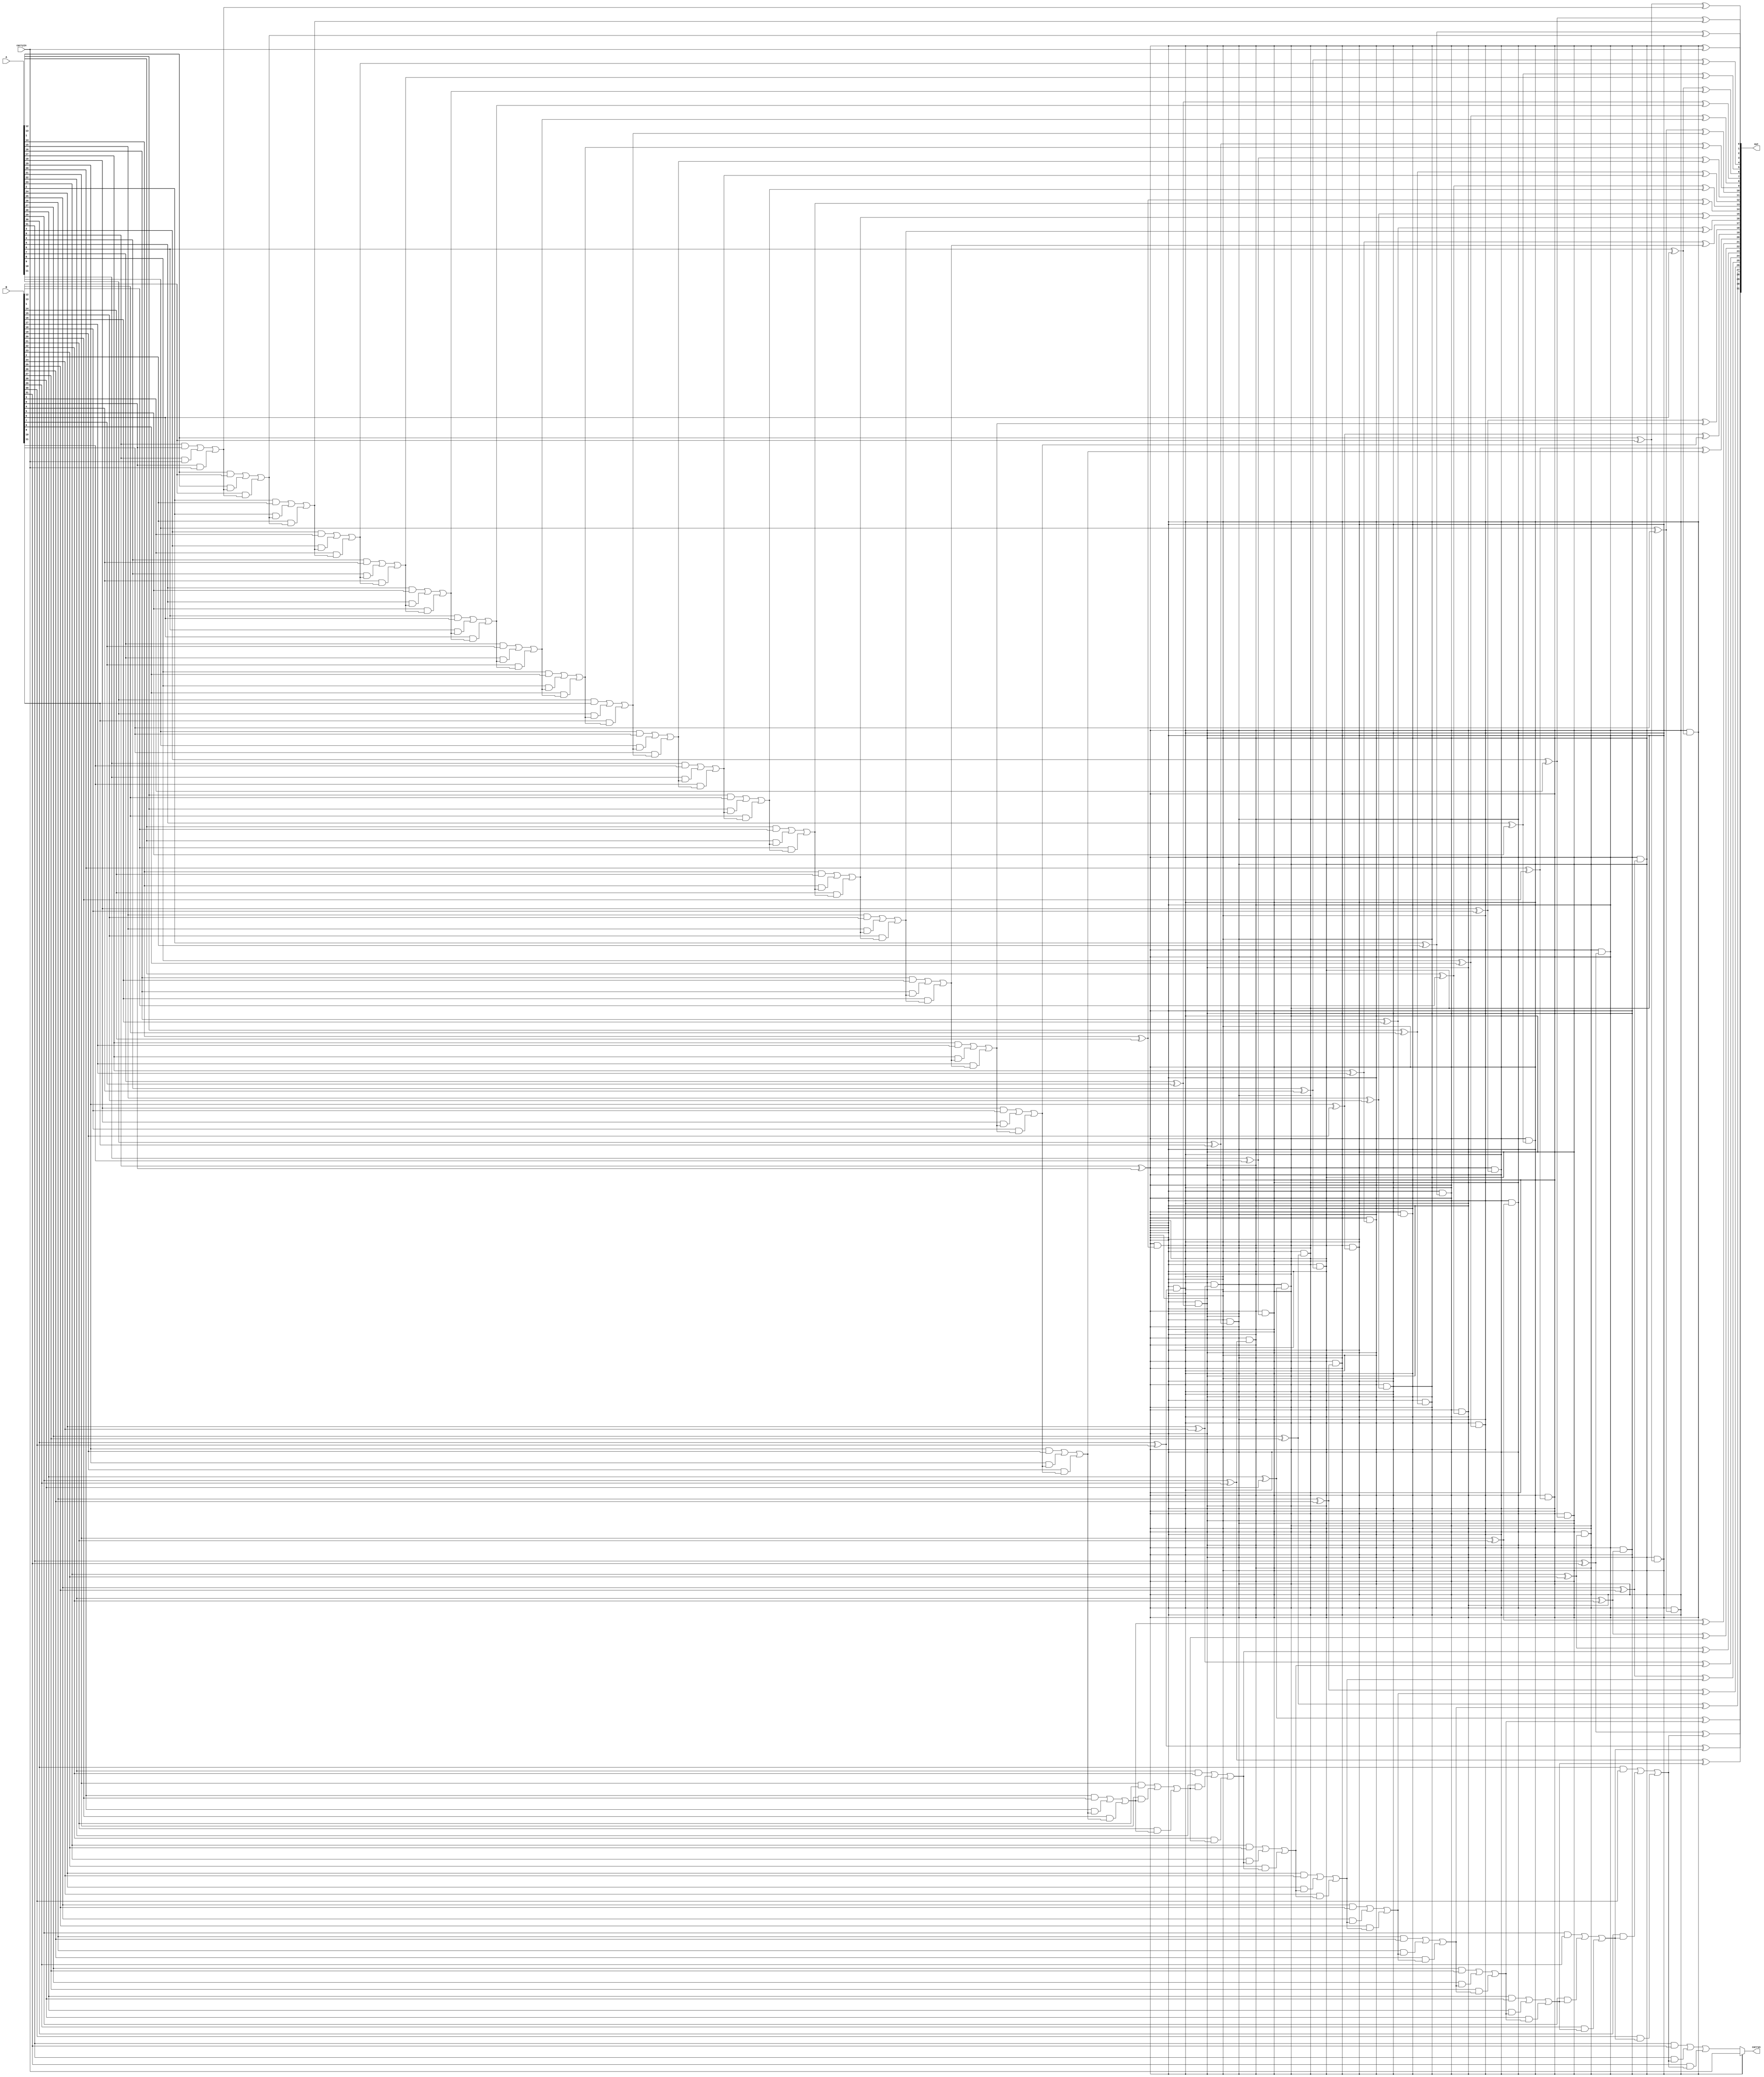
`timescale 1ns / 1ps
//////////////////////////////////////////////////////////////////////////////////
// Company: 
// Engineer: 
// 
// Design Name: 
// Module Name: CarrySkipAdder
// Project Name: 
// Target Devices: 
// Tool Versions: 
// Description: 
// 
// Dependencies: 
// 
// Revision:
// Revision 0.01 - File Created
// Additional Comments:
// 
//////////////////////////////////////////////////////////////////////////////////


module CarrySkipAdder(out,carryo,A,B,carryin);
input [31:0]A,B;
output [31:0]out;
output carryo;
input carryin;
wire [31:0]g,p;
wire [32:0]c;
wire temp;
assign c[0] = carryin;
genvar i;
for (i=0; i<32; i=i+1)
begin
assign  p[i] = A[i] ^ B[i];
assign  c[i+1] = ( A[i] & B[i] ) | ( A[i] & c[i] ) | ( B[i] & c[i] );
assign  out[i] = A[i] ^ B[i] ^ c[i];
end

assign temp= p[0];
for(i = 1 ; i<32 ; i=i+1)
begin
assign temp= temp& p[i];
end

assign carryo = temp ? carryin : c[32];

endmodule